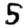
Digit: 5